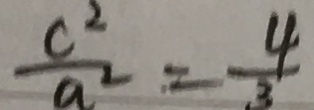
\frac { c ^ { 2 } } { a ^ { 2 } } = \frac { 4 } { 3 }